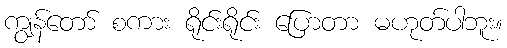
ကျွန်တော် စကား ရိုင်းရိုင်း ပြောတာ မဟုတ်ပါဘူး။